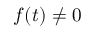
f ( t ) \neq 0